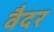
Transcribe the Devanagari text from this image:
वैदर